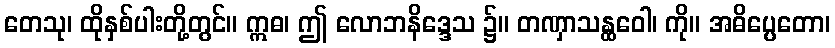
တေသု၊ ထိုနှစ်ပါးတို့တွင်။ ဣဓ၊ ဤ လောဘနိဒ္ဒေသ ၌။ တဏှာသန္ထဝေါ၊ ကို။ အဓိပ္ပေတော၊